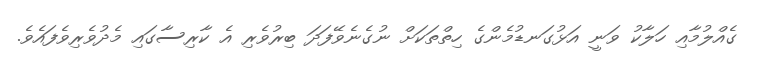
ގެއްލުމާއި ހަލާކު ވަނީ އަޅުގަނޑުމެންގެ ހިތްތަކަށް ނުގެނެވޭފަދަ ބިރުވެރި އެ ކާރިސާގައި މެދުވެރިވެފައެވެ.